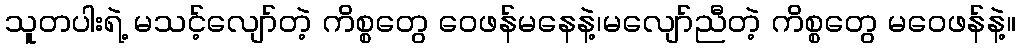
သူတပါးရဲ့ မသင့်လျော်တဲ့ ကိစ္စတွေ ဝေဖန်မနေနဲ့၊မလျော်ညီတဲ့ ကိစ္စတွေ မဝေဖန်နဲ့။